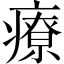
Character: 療